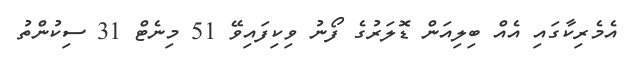
އެމެރިކާގައި އެއް ބިލިއަން ޑޮލަރުގެ ފޯނު ވިކިފައިވޭ 51 މިނެޓް 31 ސިކުންތު